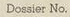
Dossier No.